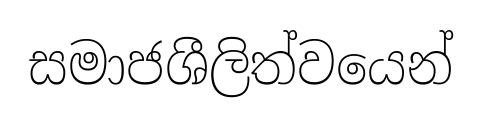
සමාජශීලිත්වයෙන්